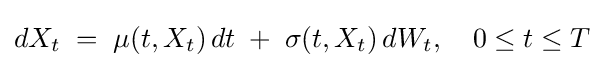
dX_{t}\;=\;\mu (t,X_{t})\,dt\;+\;\sigma (t,X_{t})\,dW_{t},\quad 0\leq t\leq T